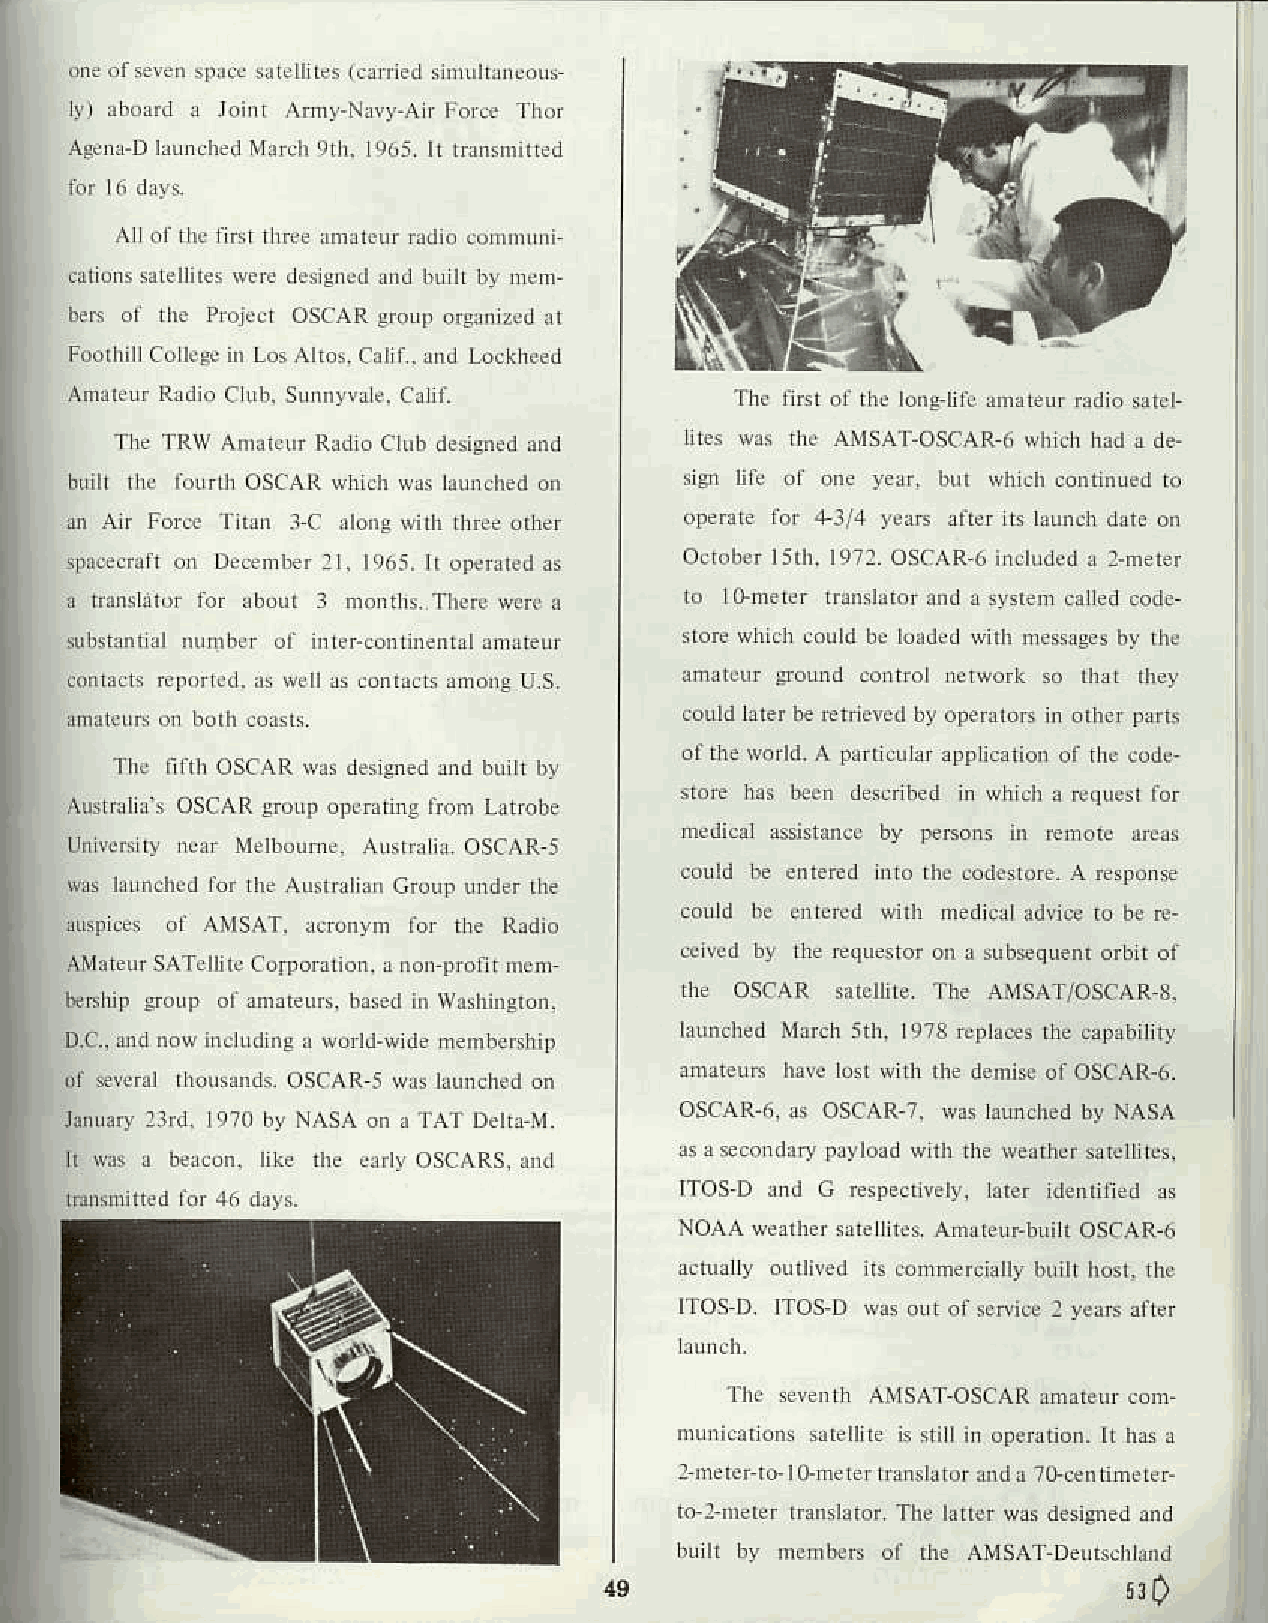
riLr d Lr,. L),,t!!
 F,r{ I aol\!riD Li! \lh (r
 l'|j|lijLL!Logl|.1
 R.rLU f rrr Lrr'i:rrr .ii
 LrLI r , "r rLrro s(Alt \hLrrl          5!r lii !L itr!
 .P.tu[ r.] +l l
 o,i,rrr I:|r l!.rt os(.\RIIIIr\dI ]mrrr.
 \1.'r \nrrL !.rLLLt ,! Lorl,rt !ir
 'r4tr .rr .r! L S
 ru' rLLr Jb h: rfr !\!J bf !p..rr
 rln'Dr r ..r!1,
 rLr rirrr oj(.\R v.r lLrilirLt.iLihLt h hL
 rrL.1.. osr' \ lt !.utrrl rri,L
 by l€son iD,.forr r!.r
 .\'sr,i I OSa,\Ri
 i o Llit rod$Lrr! 1 .!r|.nk
 \L\rr L LC iruf rrLllr Lk
 rYirli trkd J.r .!trii! r! rrr rf
 LLt f\rs.\r osa,\R! .
 h:dr. lrtrf .r rnJttr,\. l,.xr
 D(.r   trn\ri '. irs., rulLlr! Ll?r .iii.A,i,
 niir ul lrs( \Ri
 OS{ AR 5 Ntr ]TDIIIILI Dtr
 osrAR6 .I osc]\R? .
 lr Lir l:r,.1 rn .\ )!,\S,\! n .i l\l L)|lL\ l
 tLk! th! !.rl\ rJsa\Rs .rr  r.L \r..rdfr l!] tlret \y rtr rhr \rlrrtrlf )trrrL LA.
 rros Lr I rLrc rrrr.r yrrr.
 NO.\{r r. rir inr tr\ ,\rrL{.htrilrosa{Rn
 rtr ronmi' rrr br ri ri!n. rLL!
 rrosD rTa)sD\r I.Lr.r\tni.! t!.nr1Lr
 lrr !s.rLr r\1s,\fns(:\R rudrur rlrl
 L LLLti trrnLLr 7! r.oLnnrLr.
 h I oir. rrdn.,r.r tlr, llr.r v\ LlrilD<J jid
 630